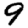
Digit: 9